Report on sanitation, dispensaries, and jails in Rajputana for 1911, and on vaccination for the year 1911-1912 - 1911-1912
Year: 1911
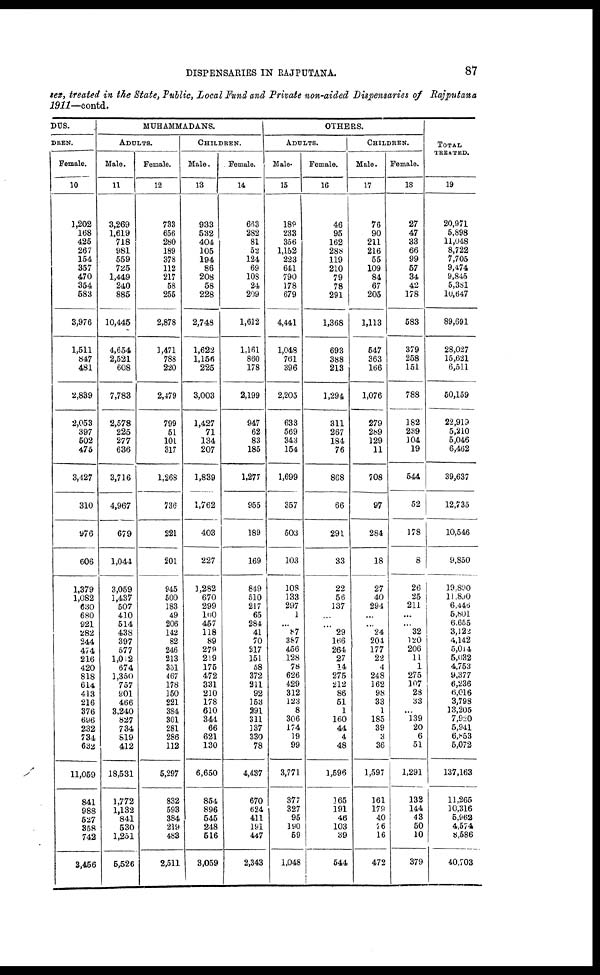
DISPENSARIES IN RAJPUTANA.
87
sex, treated in the State, Public, Local Fund and Private non-aided Dispensaries of Rajputana
1911— contd.
DUS.
DREN.
Female.
10
1,202
168
425
267
154
357
470
354
583
3,976
1,511
847
481
2,839
2,053
397
502
475
3,427
310
976
606
1,379
1,082
630
680
921
282
244
474
216
420
818
614
413
216
376
696
232
734
632
11,059
841
988
527
358
742
3,456
MUHAMMADANS.
ADULTS.
Male.
11
3,269
1,619
718
981
559
725
1,449
240
885
10,445
4,654
2,521
608
7,783
2,578
225
277
636
3,716
4,967
679
1,044
3,059
1,437
507
410
514
438
397
577
1,012
674
1,350
757
901
466
3,240
827
734
819
412
18,531
1,772
1,132
841
530
1,251
5,526
Female.
12
733
656
280
189
378
112
217
58
255
2,878
1,471
788
220
2,479
799
51
101
317
1,268
736
221
201
945
500
183
49
206
142
82
246
213
351
467
178
150
221
384
301
281
286
112
5,297
832
593
384
219
483
2,511
CHILDREN.
Male.
13
933
532
404
105
194
86
208
58
228
2,748
1,622
1,156
225
3,003
1,427
71
134
207
1,839
1,762
403
227
1,282
670
299
100
457
118
89
279
219
175
472
331
210
178
610
344
66
621
130
6,650
854
896
545
248
516
3,059
Female.
14
663
282
81
52
124
69
108
24
209
1,612
1,161
860
178
2,199
947
62
83
185
1,277
955
189
169
849
510
217
65
284
41
70
217
151
58
372
211
92
153
291
311
137
330
78
4,437
670
624
411
191
447
2,343
OTHERS.
ADULTS.
Male.
15
189
233
356
1,152
223
641
790
178
679
4,441
1,048
761
396
2,205
633
569
343
154
1,699
357
503
103
108
133
297
1
...
87
387
456
128
78
626
429
312
123
8
306
174
19
99
3,771
377
327
95
190
59
1,048
Female.
16
46
95
162
288
119
210
79
78
291
1,368
693
388
213
1,294
311
267
184
76
868
66
291
33
22
56
137
...
...
29
166
264
27
14
275
212
86
51
1
160
44
4
48
1,596
165
191
46
103
39
544
CHILDREN.
Male.
17
76
90
211
216
55
109
84
67
205
1,113
547
363
166
1,076
279
289
129
11
708
97
284
18
27
40
294
...
...
24
204
177
22
4
248
162
98
33
1
185
39
3
36
1,597
161
179
40
76
16
472
Female.
18
27
47
33
66
99
57
34
42
178
583
379
258
151
788
182
239
104
19
544
52
178
8
26
25
211
...
...
32
120
206
11
1
275
107
28
33
...
139
20
6
51
1,291
132
144
43
50
10
379
TOTAL
TREATED.
19
20,971
5,898
11,048
8,722
7,705
9,474
9,845
5,381
10,647
89,691
28,027
15,621
6,511
50,159
22,919
5,210
5,046
6,462
39,637
12,735
10,546
9,850
19,890
11,890
6,446
5,801
6,665
3,122
4,142
5,014
5,032
4,753
9,377
6,236
6,016
3,798
13,205
7,920
5,941
6,853
5,072
137,163
11,265
10,316
5,962
4,574
8,586
40,703